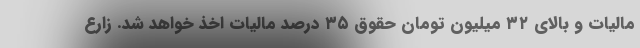
مالیات و بالای ۳۲ میلیون تومان حقوق ۳۵ درصد مالیات اخذ خواهد شد. زارع